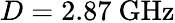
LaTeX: D=2.87~\mathrm{GHz}